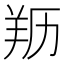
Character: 𦍠